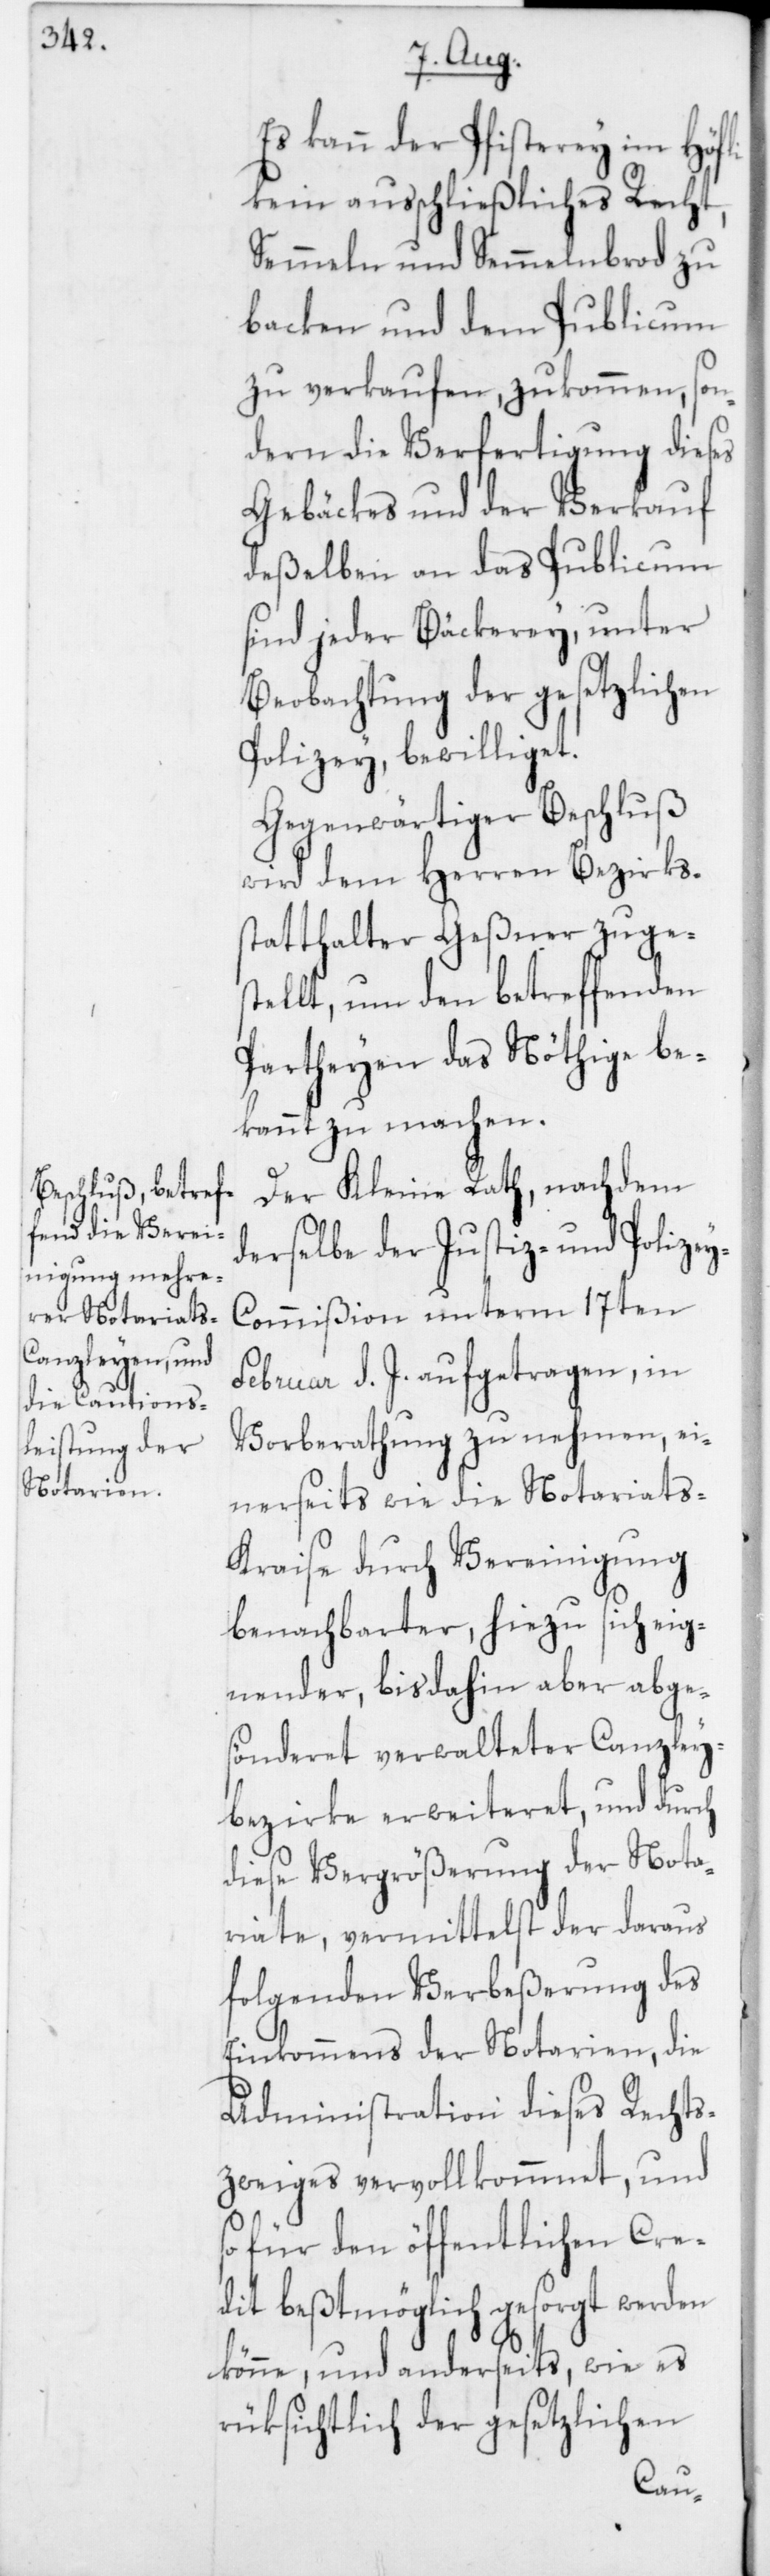
Es kann der Pfisterey im Höfli
kein ausschließliches Recht,
Semmeln und Semmelnbrod zu
backen und dem Publicum
zu verkaufen, zukommen, son¬
dern die Verfertigung dieses
Gebäckes und der Verkauf
deßelben an das Publicum
sind jeder Bäckerey, unter
Beobachtung der gesetzlichen
Polizey, bewilliget.
Gegenwärtiger Beschluß
wird dem Herren Bezirks¬
statthalter Geßner zuges¬
tellt, um den betreffenden
Partheyen das Nöthige be¬
kannt zu machen.
Der Kleine Rath, nachdem
derselbe der Justiz- und Polize¬
y-Commißion unterm 17ten
Februar d. J. aufgetragen, in
Vorberathung zu nehmen, ei¬
nerseits wie die Notariats-K¬
raise durch Vereinigung
benachbarter, hiezu sich eig¬
nender, bis dahin aber abge¬
sönderet verwalteter Canzley¬
bezirke erweiteret, und durch
diese Vergrößerung der Nota¬
riate, vermittelst der daraus
folgenden Verbeßerung des
Einkommens der Notarien, die
Administration dieses Rechts¬
zweiges vervollkommnet, und
so für den öffentlichen Cre¬
dit beßmöglich gesorgt werden
könne, und anderseits, wie es
rüksichtlich der gesetzlichen